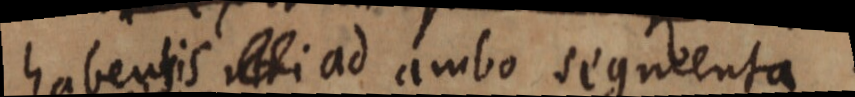
habentis utri ad ambo segmenta